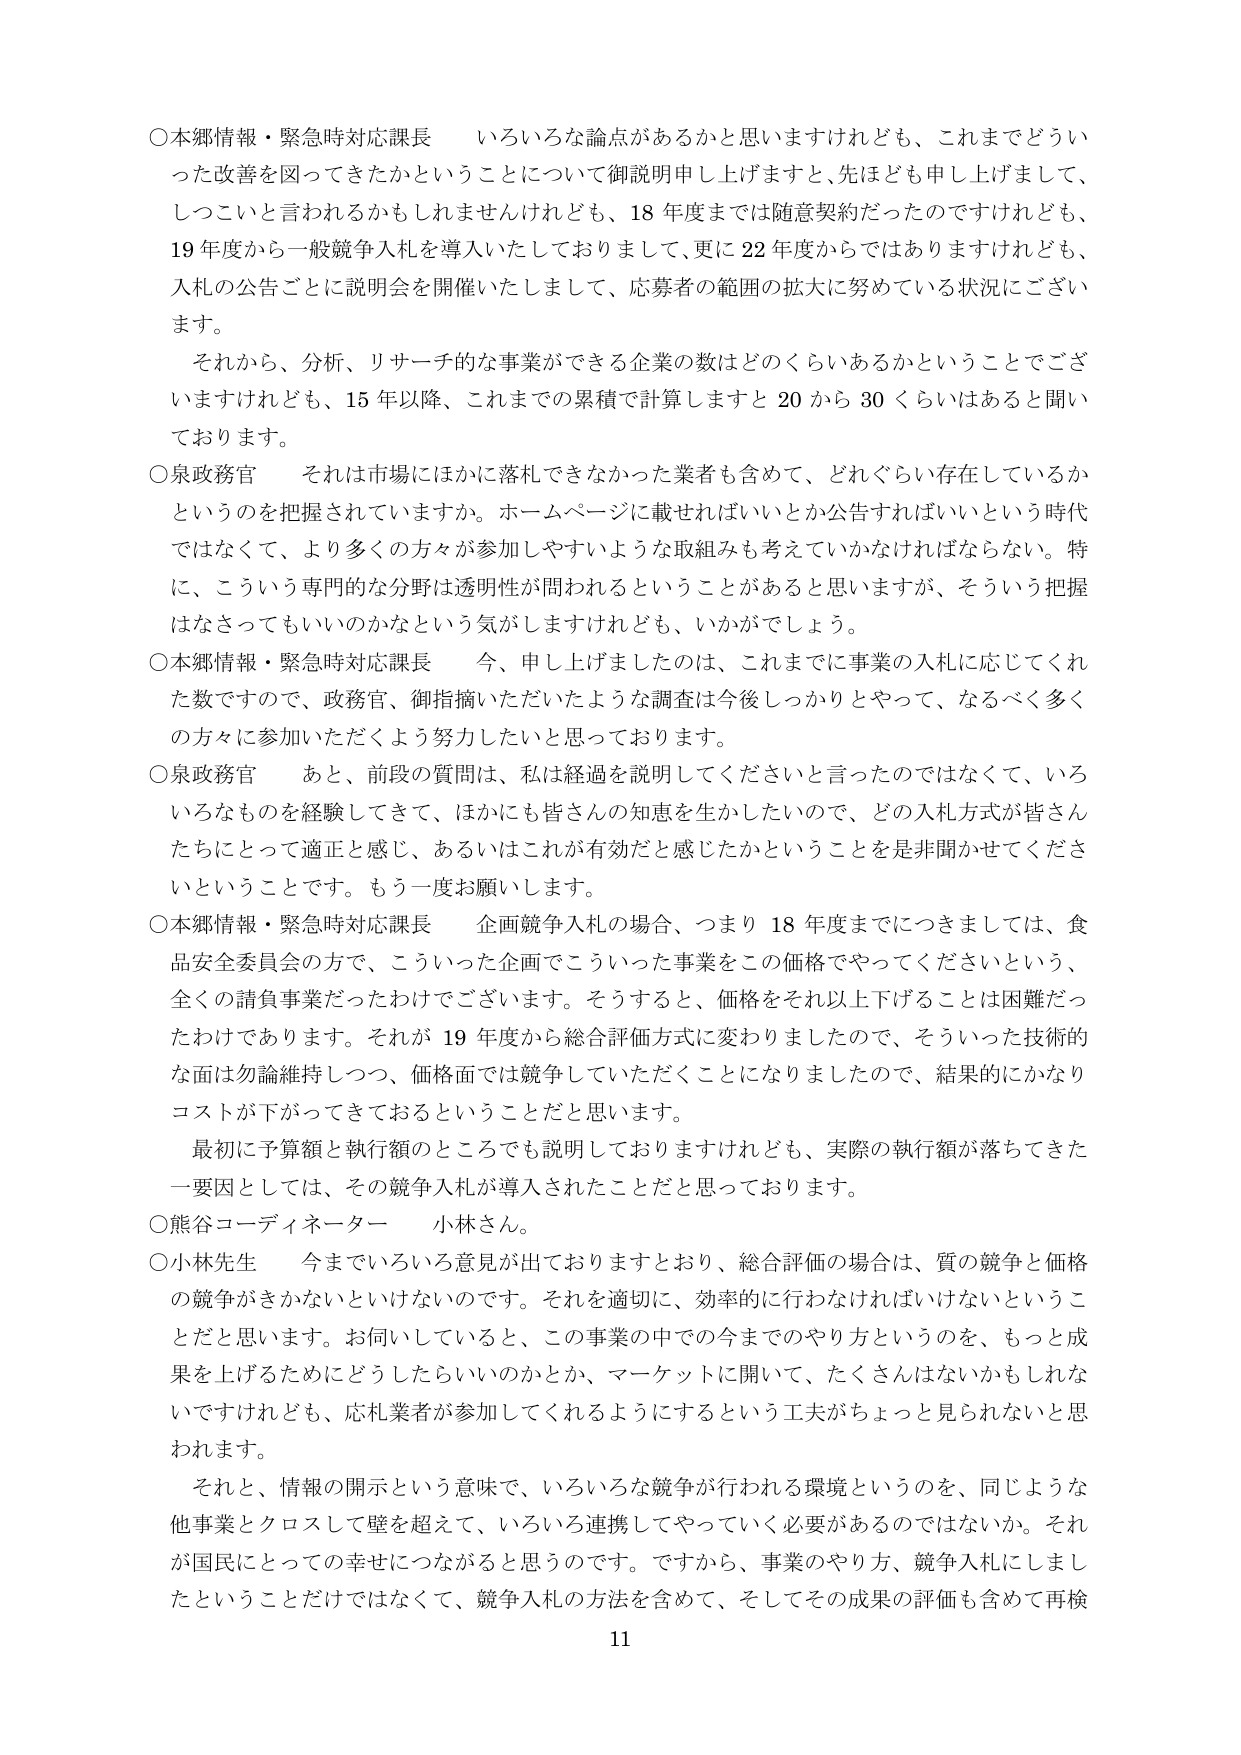
○本郷情報・緊急時対応課長　いろいろな論点があるかと思いますけれども、これまでどういった改善を図ってきたかということについて御説明申し上げますと、先ほども申し上げまして、しつこいと言われるかもしれませんが、18年度までは随意契約だったのですけれども、19年度から一般競争入札を導入いたしておりまして、更に22年度からではありますけれども、入札の公告ごとに説明会を開催いたしまして、応募者の範囲の拡大に努めている状況にございます。

　それから、分析、リサーチ的な事業ができる企業の数はどのくらいあるかということでございますけれども、15年以降、これまでの累積で計算しますと20から30くらいはあると聞いております。

○泉政務官　それは市場にはかに落札できなかった業者も含めて、どれぐらい存在しているかというのを把握されていますか。ホームページに載せればいいとか公告すればいいという時代ではなくて、より多くの方々が参加しやすいような取組みも考えていかなければならない。特に、こういう専門的な分野は透明性が問われるということがあると思いますが、そういう把握はなさってもいいのかなという気がしますけれども、いかがでしょう。

○本郷情報・緊急時対応課長　今、申し上げましたのは、これまでに事業の入札に応じてくれた数ですので、政務官、御指摘いただいたような調査は今後しっかりとやって、なるべく多くの方々に参加いただくよう努力したいと思っております。

○泉政務官　あと、前段の質問は、私は経過を説明してくださいと言ったのではなくて、いろいろなものを経験してきて、ほかにも皆さんの知恵を生かしたいので、どの入札方式が皆さんたちにとって適正と感じ、あるいはこれが有効だと感じたかということを是非聞かせてくださいということです。もう一度お願いします。

○本郷情報・緊急時対応課長　企画競争入札の場合、つまり18年度までにつきましては、食品安全委員会の方で、こういった企画でこういった事業をこの価格でやってくださいという、全くの請負事業だったわけでございます。そうすると、価格をそれ以上下げるることは困難だったわけであります。それが19年度から総合評価方式に変わりましたので、そういった技術的な面は勿論維持しつつ、価格面では競争していただくことになりましたので、結果的にかなりコストが下がってきているということだと思います。

　最初に予算額と執行額のところでも説明しておりますけれども、実際の執行額が落ちてきた一要因としては、その競争入札が導入されたことだと思っております。

○熊谷コーディネーター　小林さん。

○小林先生　今までいろいろ意見が出ておりますとおり、総合評価の場合は、質の競争と価格の競争がきかないといけないのです。それを適切に、効率的に行わなければならないということだと思います。お伺いしていると、この事業の中での今までのやり方というのを、もっと成果を上げるためにどうしたらいいのかとか、マーケットに開いて、たくさんはないかもしれませんが、応札業者が参加してくれるようにするという工夫がちょっと見られないと思われます。

　それと、情報の開示という意味で、いろいろな競争が行われる環境というのを、同じような他事業とクロスして壁を超えて、いろいろ連携してやっていく必要があるのではないか。それが国民にとっての幸せにつながると思うのです。ですから、事業のやり方、競争入札にしましたということだけではなくて、競争入札の方法を含めて、そしてその成果の評価も含めて再検

11